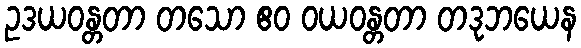
ဥဒယဝန္တတာ တသော ဧဝ ဝယဝန္တတာ တဒုဘယေန